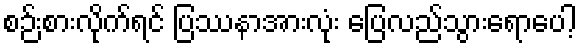
စဉ်းစားလိုက်ရင် ပြဿနာအားလုံး ပြေလည်သွားရောပေါ့